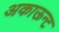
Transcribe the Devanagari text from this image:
अकाऊन्ट